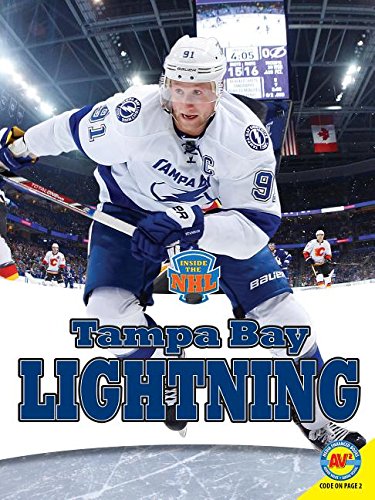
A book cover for Tampa Bay Lightning (Inside the NHL); Michaela James; Children's Books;